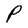
Character: P